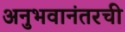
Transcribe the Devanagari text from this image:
अनुभवानंतरची